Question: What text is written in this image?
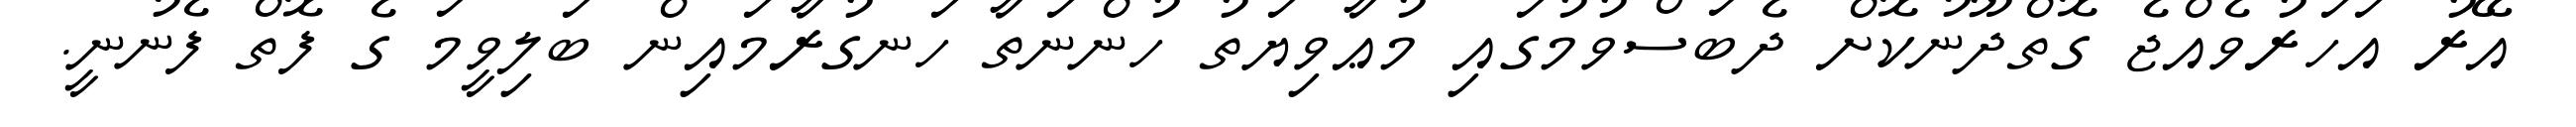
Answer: އޭރު އަހަރުވެއްޖެ ގޮތްދޫނުކޮށް ދެބަސްވުމުގައި މުޢާވިޔަތު ހުންނަތާ ހަނގުރާމައިން ބަލިވީމަ ގެ ފޮތް ފެނުނީ.